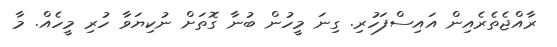
ރާއްޖެތެރެއިން އައިސްފަހުރި. ގިނަ މީހުން ބުނާ ގޮތަށް ނުކިޔަވާ ހުރި މީހެއް. މާ